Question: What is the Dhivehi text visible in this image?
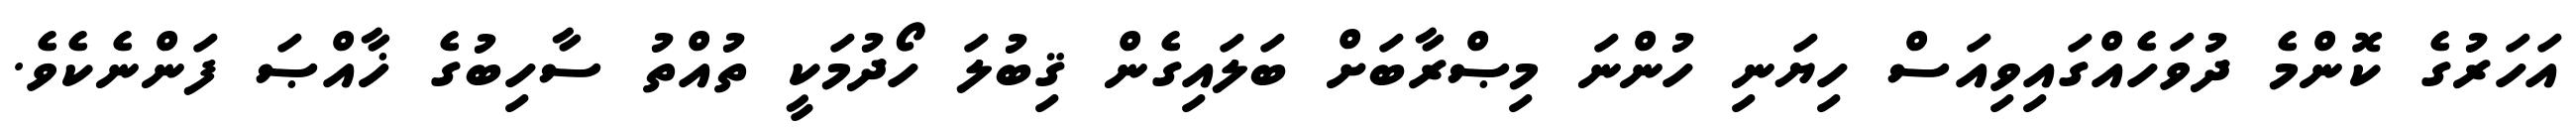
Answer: އަހަރުގެ ކޮންމެ ދުވަހެއްގައިވިއަސް ހިޔަނި ހުންނަ މިޞްރާބަށް ބަލައިގެން ޤިބުލަ ހޯދުމަކީ ތުއްތު ސާހިބުގެ ޚާއްޞަ ފަންނެކެވެ.